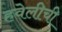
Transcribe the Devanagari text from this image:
हवेलीची